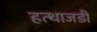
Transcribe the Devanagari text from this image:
हत्थाजडी